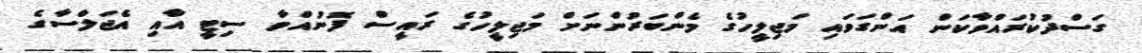
ގަސްދުކުރައްވާކަން އަންގަވައި މަޖިލީހުގެ މެންބަރުންނަށް މަޖިލީހުގެ ރައީސް ފޮނުއްވާ ސިޓީ އާއި އެޖަލްސާގެ